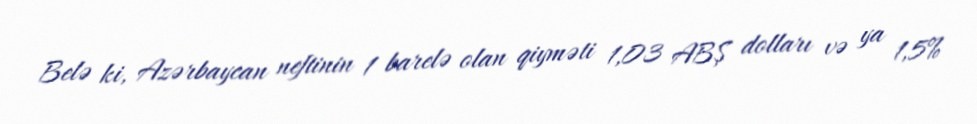
Belə ki, Azərbaycan neftinin 1 barelə olan qiyməti 1,03 ABŞ dolları və ya 1,5%